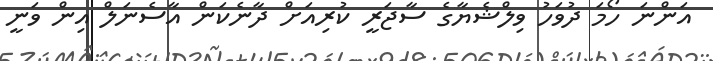
އަންނަ ހޯމަ ދުވަހު ވިލްޝެޔާގެ ސާޖަރީ ކުރިއަށް ދާނެކަން އާސެނަލް އިން ވަނީ